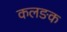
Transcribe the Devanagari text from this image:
कलङक